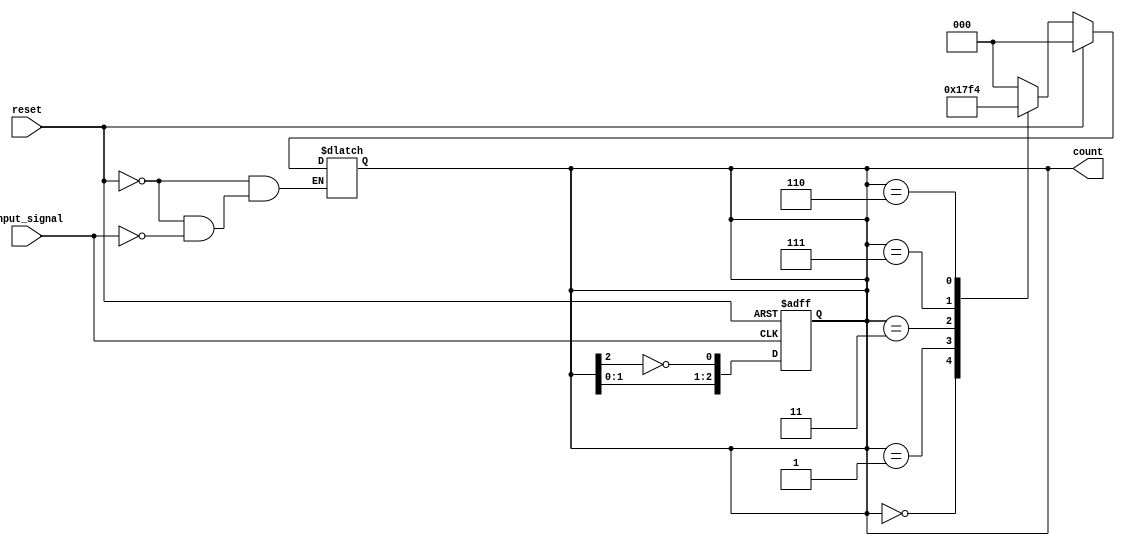
module Asynchronous_Johnson_Counter (
    input wire reset,         // Asynchronous reset signal
    input wire input_signal,  // Input signal for state transition
    output reg [N-1:0] count  // N-bit output representing counter state
);
    parameter N = 3;          // Number of flip-flops (change as needed)

    // Internal signal for the inverted output of the last flip-flop
    wire inverted_last;

    // Assigning the inverted output of the last flip-flop to a wire
    assign inverted_last = ~count[N-1];

    // Always block to handle the state transitions
    always @(*) begin
        if (reset) begin
            count = 0; // Reset the counter to 0
        end else if (input_signal) begin
            // State transitions for the Johnson counter
            case (count)
                3'b000: count = 3'b001;
                3'b001: count = 3'b011;
                3'b011: count = 3'b111;
                3'b111: count = 3'b110;
                3'b110: count = 3'b100;
                3'b100: count = 3'b000; // Repeat cycle
                default: count = 3'b000; // Default case
            endcase
        end
    end

    // Sequential logic to update the state on input signal change
    always @(posedge input_signal or posedge reset) begin
        if (reset) begin
            count <= 0; // Reset the counter
        end else begin
            count <= {count[N-2:0], inverted_last}; // Shift and insert inverted last
        end
    end
endmodule